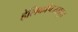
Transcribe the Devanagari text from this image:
हेलिकॉप्टरसदृश